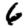
Digit: 6